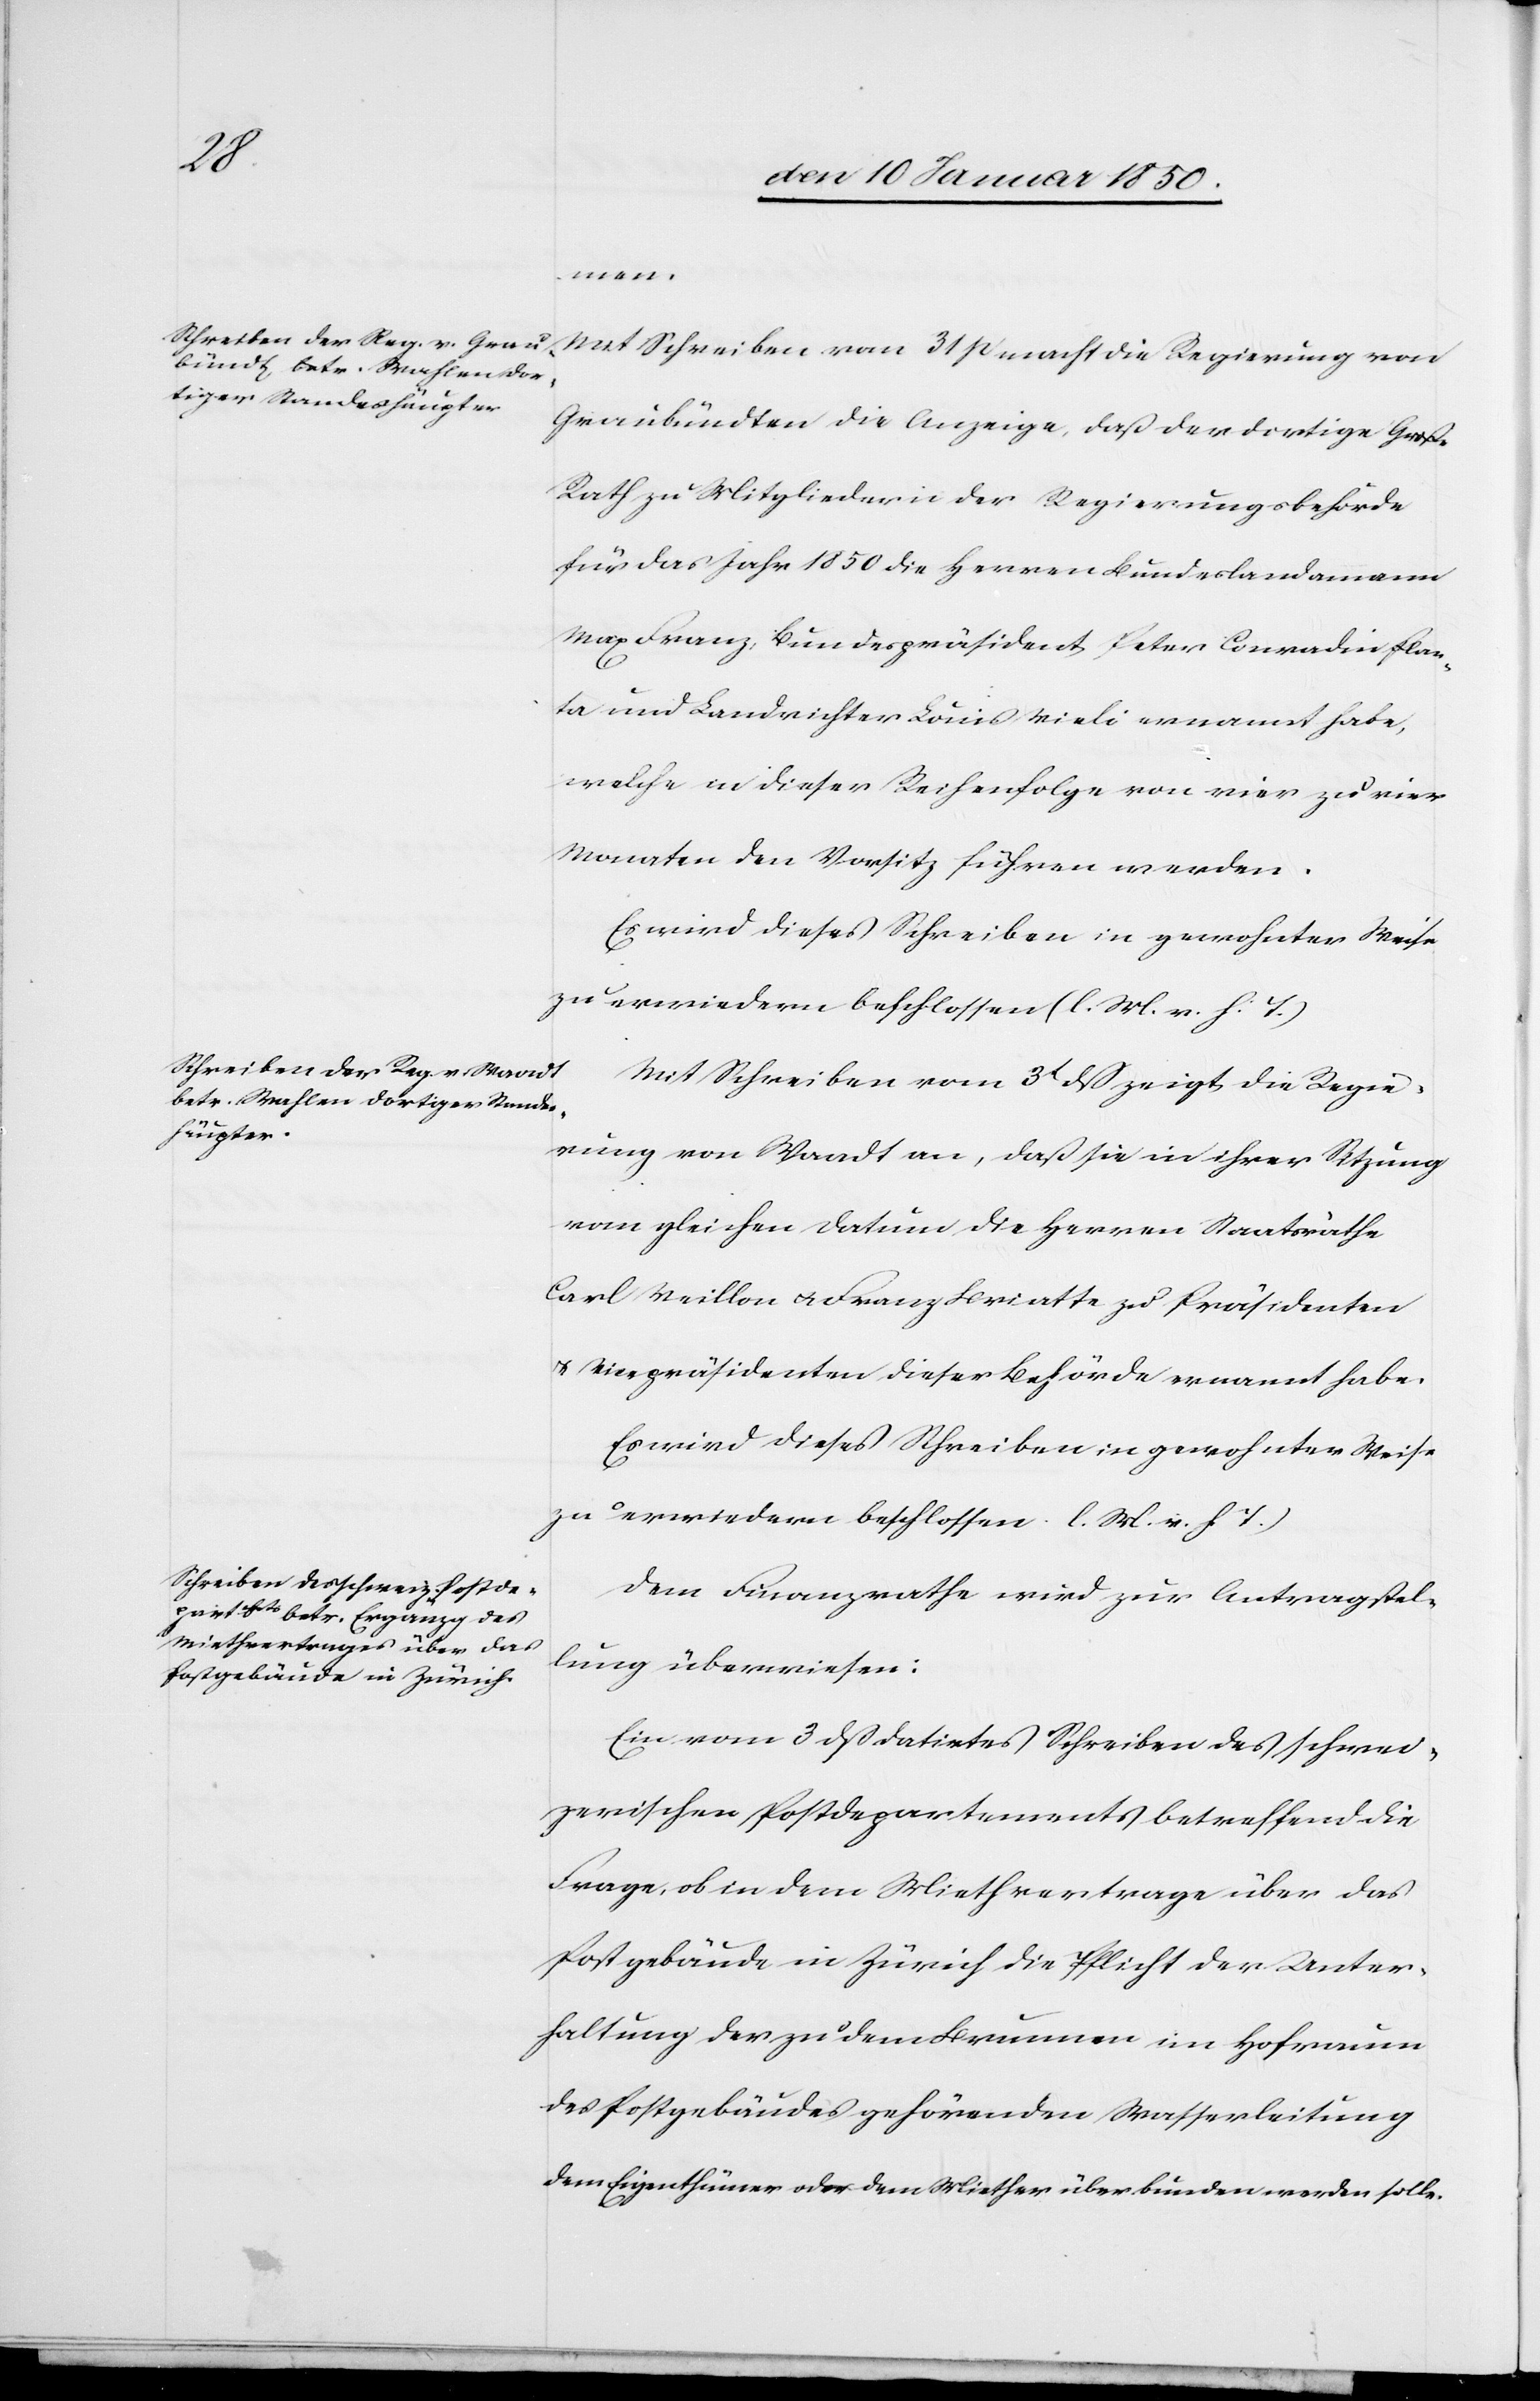
men.
Mit Schreiben vom 31 p macht die Regierung von
Graubündten die Anzeige, daß der dortige Große
Rath zu Mitgliedern der Regierungsbehörde
für das Jahr 1850 die Herren Bundeslandammann
Max Franz, Bundespräsident Peter Conradin Plan¬
ta und Landrichter Louis Vieli ernannt habe,
welche in dieser Reihenfolge von vier zu vier
Monaten den Vorsitz führen werden.
Es wird dieses Schreiben in gewohnter Weise
zu erwiedern beschlossen [(]l. M. v. h. T.)
Mit Schreiben vom 3t dß zeigt die Regie¬
rung von Waadt an, daß sie in ihrer Sitzung
vom gleichen Datum die Herren Staatsräthe
Carl Veillon u. Franz Briatte zu Präsidenten
u. Vicepräsidenten dieser Behörde ernannt habe.
Es wird dieses Schreiben in gewohnter Weise
Dem Finanzrathe wird zur Antragstel¬
lung überwiesen:
Ein vom 3 dß datirtes Schreiben des schwei¬
zerischen Postdepartements betreffend die
Frage, ob in dem Miethvertrage über das
Postgebäude in Zürich die Pflicht der Unter¬
haltung der zu dem Brunnen im Hofraum
des Postgebäudes gehörenden Wasserleitung
dem Eigenthümer oder dem Miether überbunden werden solle.